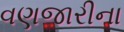
વણજારીના